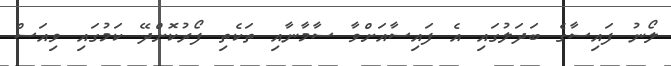
ލޯނު ފައިސާގެ ބަދަލުގައި އެ ފައިސާއަށްވާ ސާމާނާއި ތަކެތި ފޯރުކޮށްދޭ ކަމުގައި ވިއަސް